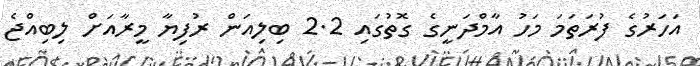
އަހަރުގެ ފުރަތަމަ މަހު އާމްދަނީގެ ގޮތުގައި 2.2 ބިލިއަން ރުފިޔާ މީރާއަށް ލިބިއްޖެ